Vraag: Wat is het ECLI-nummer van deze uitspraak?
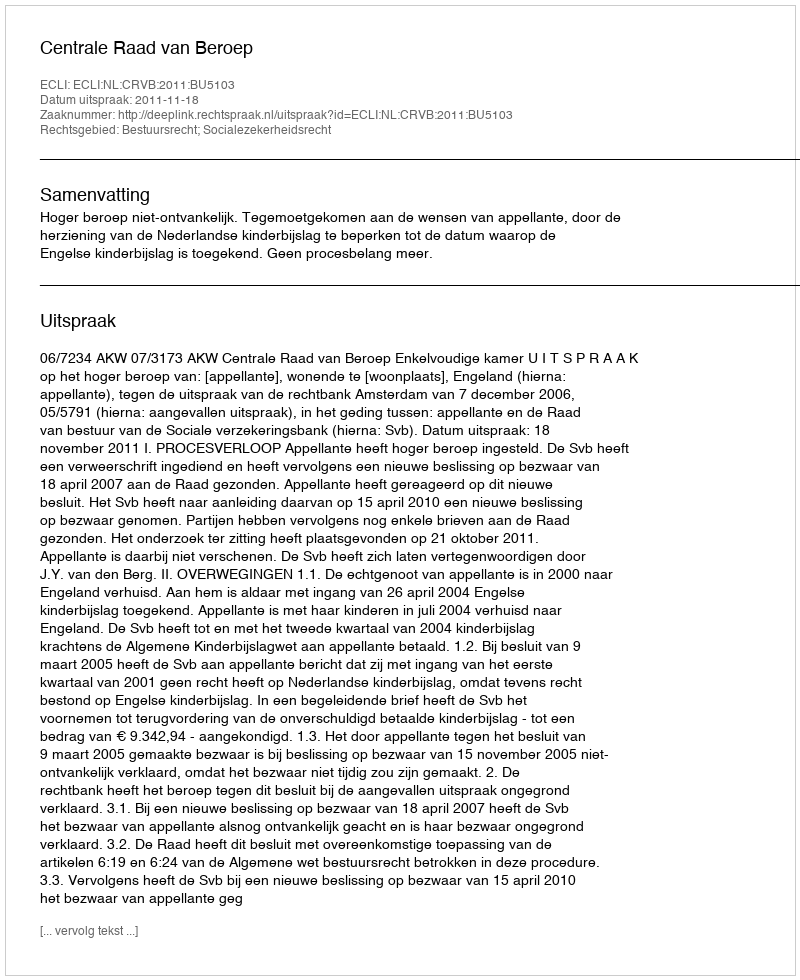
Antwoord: ECLI:NL:CRVB:2011:BU5103